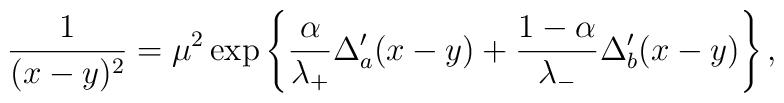
\frac{1}{(x-y)^2}=\mu^2\exp\left\{\frac{\alpha}{\lambda_+}\Delta_a'(x-y)+\frac{1-\alpha}{\lambda_-}\Delta_b'(x-y)\right\},